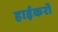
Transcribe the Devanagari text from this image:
हाईकरों